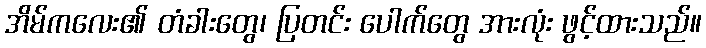
အိမ်ကလေး၏ တံခါးတွေ၊ ပြတင်း ပေါက်တွေ အားလုံး ဖွင့်ထားသည်။